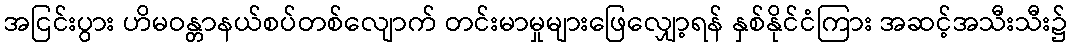
အငြင်းပွား ဟိမဝန္တာနယ်စပ်တစ်လျောက် တင်းမာမှုများဖြေလျှော့ရန် နှစ်နိုင်ငံကြား အဆင့်အသီးသီး၌